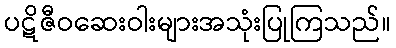
ပဋိဇီဝဆေးဝါးများအသုံးပြုကြသည်။